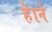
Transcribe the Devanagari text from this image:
हेाने